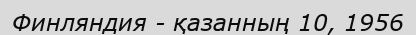
Финляндия - қазанның 10, 1956